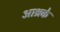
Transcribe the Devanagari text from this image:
आश्रके